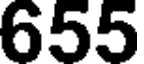
655